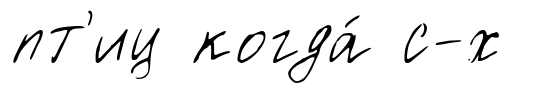
пт'иц когда́ с-х